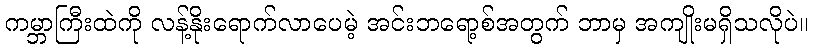
ကမ္ဘာကြီးထဲကို လန့်နိုးရောက်လာပေမဲ့ အင်းဘရော့စ်အတွက် ဘာမှ အကျိုးမရှိသလိုပဲ။